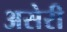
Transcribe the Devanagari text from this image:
असेरी